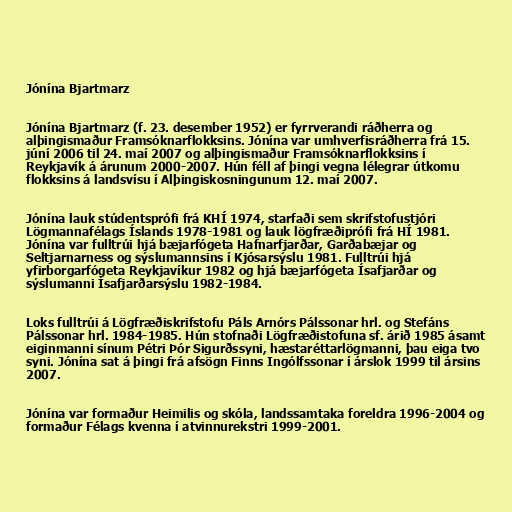
Jónína Bjartmarz

Jónína Bjartmarz (f. 23. desember 1952) er fyrrverandi ráðherra og
alþingismaður Framsóknarflokksins. Jónína var umhverfisráðherra frá 15.
júní 2006 til 24. maí 2007 og alþingismaður Framsóknarflokksins í
Reykjavík á árunum 2000-2007. Hún féll af þingi vegna lélegrar útkomu
flokksins á landsvísu í Alþingiskosningunum 12. maí 2007.

Jónína lauk stúdentsprófi frá KHÍ 1974, starfaði sem skrifstofustjóri
Lögmannafélags Íslands 1978-1981 og lauk lögfræðiprófi frá HÍ 1981.
Jónína var fulltrúi hjá bæjarfógeta Hafnarfjarðar, Garðabæjar og
Seltjarnarness og sýslumannsins í Kjósarsýslu 1981. Fulltrúi hjá
yfirborgarfógeta Reykjavíkur 1982 og hjá bæjarfógeta Ísafjarðar og
sýslumanni Ísafjarðarsýslu 1982-1984.

Loks fulltrúi á Lögfræðiskrifstofu Páls Arnórs Pálssonar hrl. og Stefáns
Pálssonar hrl. 1984-1985. Hún stofnaði Lögfræðistofuna sf. árið 1985 ásamt
eiginmanni sínum Pétri Þór Sigurðssyni, hæstaréttarlögmanni, þau eiga tvo
syni. Jónína sat á þingi frá afsögn Finns Ingólfssonar í árslok 1999 til ársins
2007.

Jónína var formaður Heimilis og skóla, landssamtaka foreldra 1996-2004 og
formaður Félags kvenna í atvinnurekstri 1999-2001.